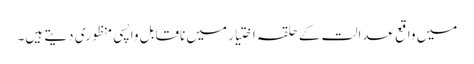
میں واقع عدالت کے حلقہ اختیار میں ناقابل واپسی منظوری دیتے ہیں۔